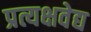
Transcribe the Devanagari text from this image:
प्रत्यक्षवेद्य